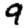
Digit: 9